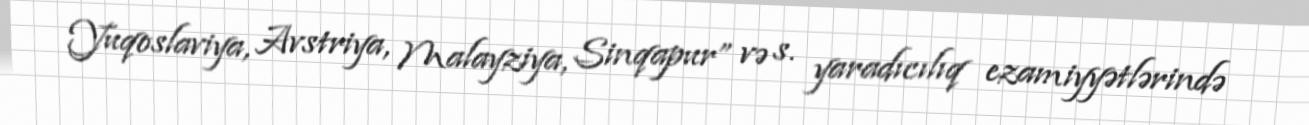
Yuqoslaviya, Avstriya, Malayziya, Sinqapur” və s. yaradıcılıq ezamiyyətlərində